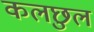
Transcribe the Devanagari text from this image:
कलछुल